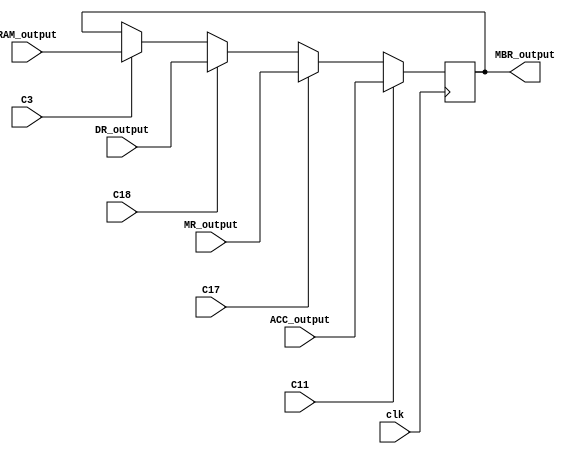
`timescale 1ns / 1ps
//////////////////////////////////////////////////////////////////////////////////
// Company: 
// Engineer: 
// 
// Design Name: 
// Module Name: MBR
// Project Name: 
// Target Devices: 
// Tool Versions: 
// Description: 
// 
// Dependencies: 
// 
// Revision:
// Revision 0.01 - File Created
// Additional Comments:
// 
//////////////////////////////////////////////////////////////////////////////////


module MBR(
    input clk,
    input C11,  //  ACC->MBR
    input C3,   //  RAM->MBR
    input C17, //  MR->MBR
    input C18, //DR->MBR
    input [15:0] ACC_output,
    input [15:0] MR_output,
    input [15:0] DR_output,
    input [15:0] RAM_output,
    output reg [15:0] MBR_output
    );
    
    always @(posedge clk)
    begin
        if(C11)
            MBR_output <= ACC_output;
        else if(C17)
            MBR_output <= MR_output;
        else if(C18)
            MBR_output <= DR_output;
        else if(C3)
            MBR_output <= RAM_output;
    end
    
endmodule